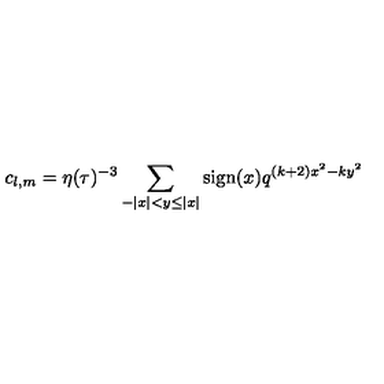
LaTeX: c _ { l , m } = \eta ( \tau ) ^ { - 3 } \sum _ { - | x | < y \leq | x | } \mathrm { s i g n } ( x ) q ^ { ( k + 2 ) x ^ { 2 } - k y ^ { 2 } }